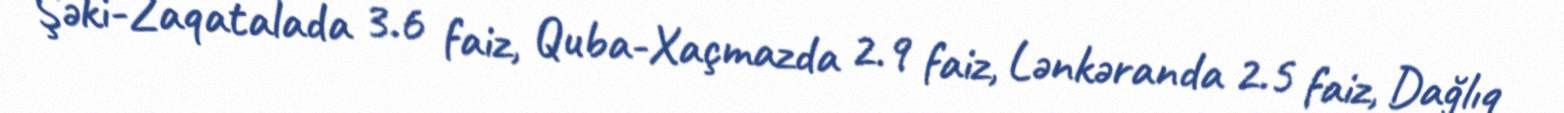
Şəki-Zaqatalada 3.6 faiz, Quba-Xaçmazda 2.9 faiz, Lənkəranda 2.5 faiz, Dağlıq